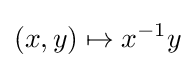
(x,y)\mapsto x^{-1}y